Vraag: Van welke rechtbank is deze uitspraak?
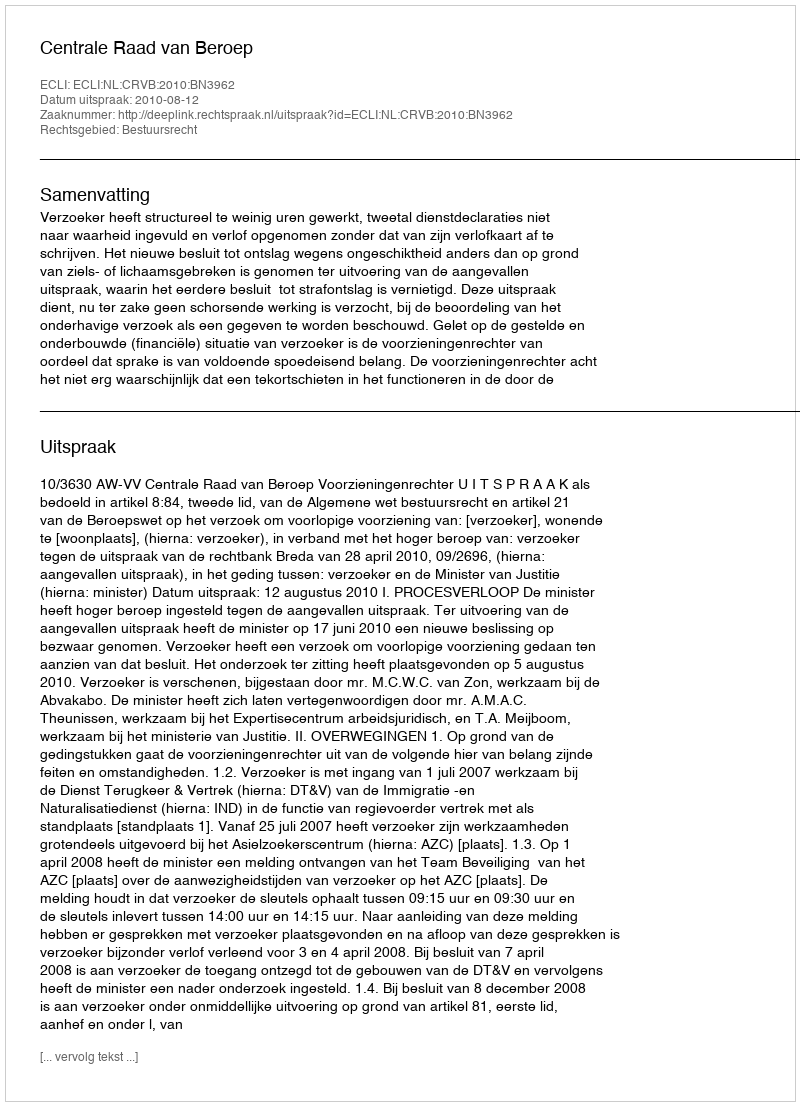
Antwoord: Centrale Raad van Beroep